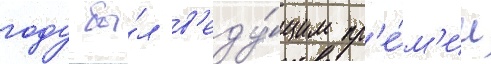
году бы́л в'еду́щим пр'е́м'ии